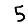
Digit: 5